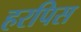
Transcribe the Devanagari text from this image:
हरपिस